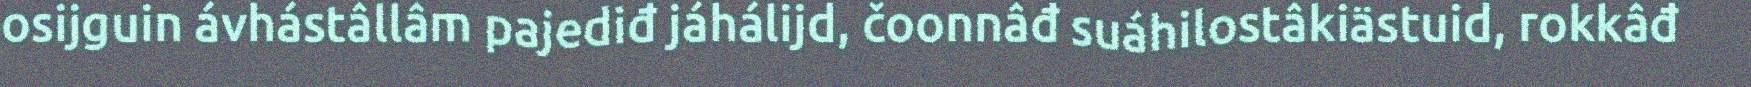
osijguin ávhástâllâm pajediđ jáhálijd, čoonnâđ suáhilostâkiästuid, rokkâđ